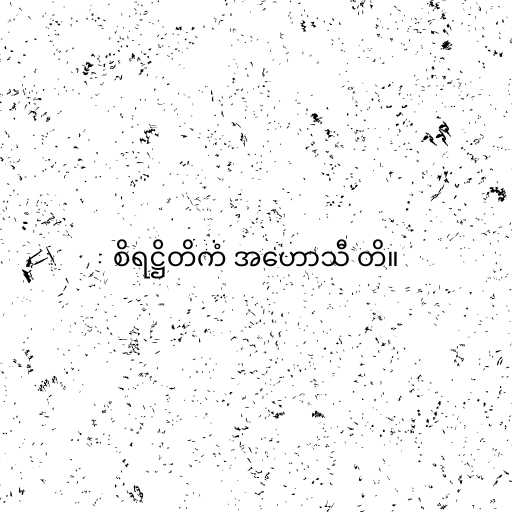
စိရဋ္ဌိတိကံ အဟောသီ တိ။